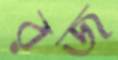
রজ